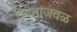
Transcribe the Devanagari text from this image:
देवतांजवळ